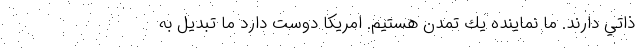
ذاتي دارند. ما نماينده يك تمدن هستيم. امريكا دوست دارد ما تبديل به